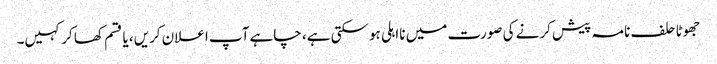
جھوٹا حلف نامہ پیش کرنے کی صورت میں نااہلی ہوسکتی ہے، چاہے آپ اعلان کریں، یا قسم کھا کر کہیں۔